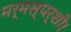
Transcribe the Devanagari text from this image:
मर्मस्पर्शी।